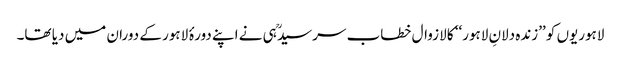
لاہوریوں کو ’’زندہ دلانِ لاہور‘‘ کا لازوال خطاب سرسیدؒ ہی نے اپنے دورۂ لاہور کے دوران میں دیا تھا۔